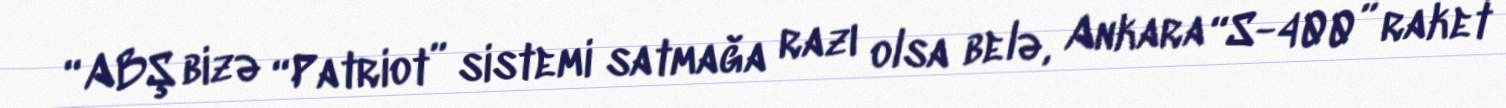
“ABŞ bizə “Patriot” sistemi satmağa razı olsa belə, Ankara “S-400” raket